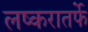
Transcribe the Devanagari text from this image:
लष्करातर्फे